Civil Veterinary Department. Madras. Admin. report 1910-25 - 1910-1925
Year: 1910
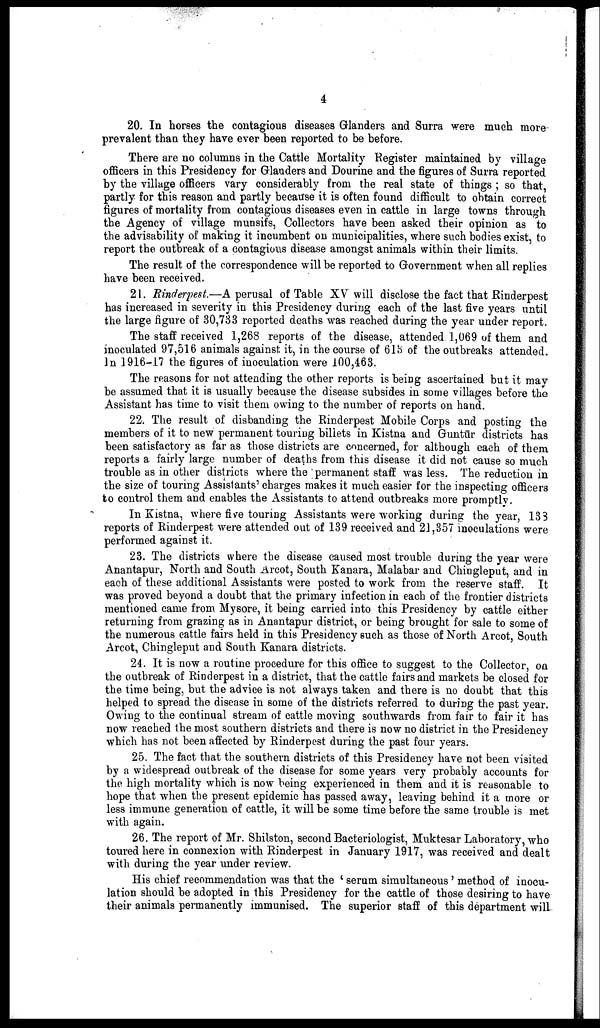
4
20. In horses the contagious diseases Glanders and Surra were much more
prevalent than they have ever been reported to be before.
There are no columns in the Cattle Mortality Register maintained by village
officers in this Presidency for Glanders and Dourine and the figures of Surra reported
by the village officers vary considerably from the real state of things ; so that,
partly for this reason and partly because it is often found difficult to obtain correct
figures of mortality from contagious diseases even in cattle in large towns through
the Agency of village munsifs, Collectors have been asked their opinion as to
the advisability of making it incumbent on municipalities, where such bodies exist, to
report the outbreak of a contagious disease amongst animals within their limits.
The result of the correspondence will be reported to Government when all replies
have been received.
21. Rinderpest—A perusal of Table XV will disclose the fact that Rinderpest
has increased in severity in this Presidency during each of the last five years until
the large figure of 30,733 reported deaths was reached during the year under report.
The staff received 1,268 reports of the disease, attended 1,069 of them and
inoculated 97,516 animals against it, in the course of 613 of the outbreaks attended.
In 1916-17 the figures of inoculation were 100,463.
The reasons for not attending the other reports is being ascertained but it may
be assumed that it is usually because the disease subsides in some villages before the
Assistant has time to visit them owing to the number of reports on hand.
22. The result of disbanding the Rinderpest Mobile Corps and posting the
members of it to new permanent touring billets in Kistna and Guntūr districts has
been satisfactory as far as those districts are concerned, for although each of them
reports a fairly large number of deaths from this disease it did not cause so much
trouble as in other districts where the permanent staff was less. The reduction in
the size of touring Assistants' charges makes it much easier for the inspecting officers
to control them and enables the Assistants to attend outbreaks more promptly.
In Kistna, where five touring Assistants were working during the year, 133
reports of Rinderpest were attended out of 139 received and 21,357 inoculations were
performed against it.
23. The districts where the disease caused most trouble during the year were
Anantapur, North and South Arcot, South Kanara, Malabar and Chingleput, and in
each of these additional Assistants were posted to work from the reserve staff. It
was proved beyond a doubt that the primary infection in each of the frontier districts
mentioned came from Mysore, it being carried into this Presidency by cattle either
returning from grazing as in Anantapur district, or being brought for sale to some of
the numerous cattle fairs held in this Presidency such as those of North Arcot, South
Arcot, Chingleput and South Kanara districts.
24. It is now a routine procedure for this office to suggest to the Collector, on
the outbreak of Rinderpest in a district, that the cattle fairs and markets be closed for
the time being, but the advice is not always taken and there is no doubt that this
helped to spread the disease in some of the districts referred to during the past year.
Owing to the continual stream of cattle moving southwards from fair to fair it has
now reached the most southern districts and there is now no district in the Presidency
which has not been affected by Rinderpest during the past four years.
25. The fact that the southern districts of this Presidency have not been visited
by a widespread outbreak of the disease for some years very probably accounts for
the high mortality which is now being experienced in them and it is reasonable to
hope that when the present epidemic has passed away, leaving behind it a more or
less immune generation of cattle, it will be some time before the same trouble is met
with again.
26. The report of Mr. Shilston, second Bacteriologist, Muktesar Laboratory, who
toured here in connexion with Rinderpest in January 1917, was received and dealt
with during the year under review.
His chief recommendation was that the ' serum simultaneous' method of inocu
lation should be adopted in this Presidency for the cattle of those desiring to have
their animals permanently immunised. The superior staff of this department will